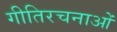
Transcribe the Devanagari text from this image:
गीतिरचनाओं